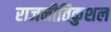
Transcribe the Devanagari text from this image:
राजनीतिकुशल